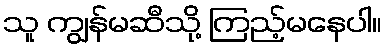
သူ ကျွန်မဆီသို့ ကြည့်မနေပါ။